Scottish Certificate of Education, 1963
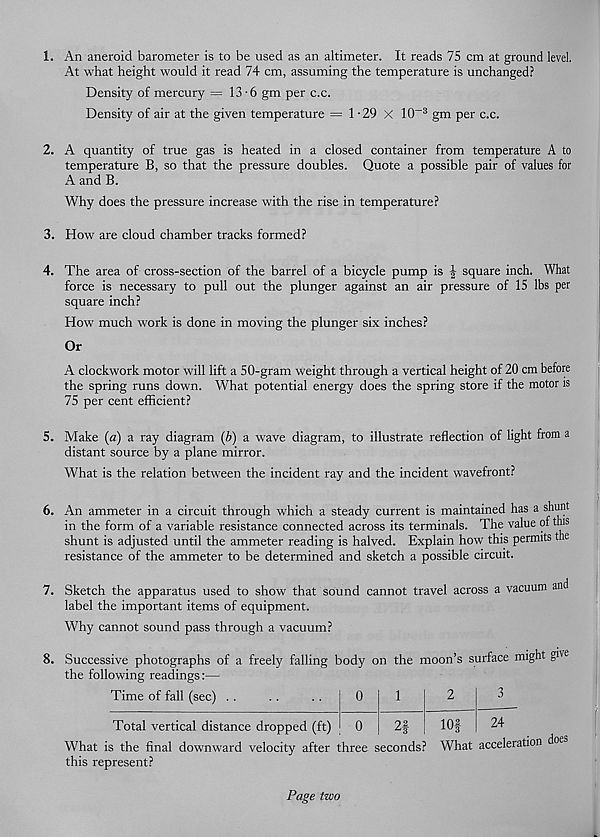
1. An aneroid barometer is to be used as an altimeter. It reads 75 cm at ground level.
At what height would it read 74 cm, assuming the temperature is unchanged?
Density of mercury =13-6 gm per c.c.
Density of air at the given temperature = 1-29 X 10~3 gm per c.c.
2. A quantity of true gas is heated in a closed container from temperature A to
temperature B, so that the pressure doubles. Quote a possible pair of values for
A and B.
Why does the pressure increase with the rise in temperature?
3. How are cloud chamber tracks formed?
4. The area of cross-section of the barrel of a bicycle pump is £ square inch. What
force is necessary to pull out the plunger against an air pressure of 15 lbs per
square inch?
How much work is done in moving the plunger six inches?
Or
A clockwork motor will lift a 50-gram weight through a vertical height of 20 cm before
the spring runs down. What potential energy does the spring store if the motor is
75 per cent efficient?
5. Make (a) a ray diagram (b) a wave diagram, to illustrate reflection of light from a
distant source by a plane mirror.
What is the relation between the incident ray and the incident wavefront?
An ammeter in a circuit through which a steady current is maintained has a shunt
in the form of a variable resistance connected across its terminals. The value ol this
shunt is adjusted until the ammeter reading is halved. Explain how this permits the
resistance of the ammeter to be determined and sketch a possible circuit.
7. Sketch the apparatus used to show that sound cannot travel across a vacuum and
label the important items of equipment.
Why cannot sound pass through a vacuum?
8. Successive photographs of a freely falling body on the moon’s surface might give
the following readings:—
Time of fall (sec)
0
0
1
^3
Total vertical distance dropped (ft)
What is the final downward velocity after three seconds?
this represent?
24
What acceleration does
Page two